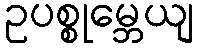
ဥပစ္စုမ္ဘေယျ